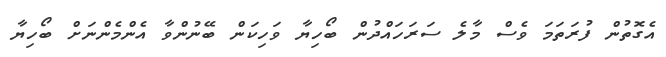
އެގޮތުން ފުރަތަމަ ވެސް މާލެ ސަރަހައްދުން ބޯހިޔާ ވަހިކަން ބޭނުންވާ އެންމެންނަށް ބޯހިޔާ